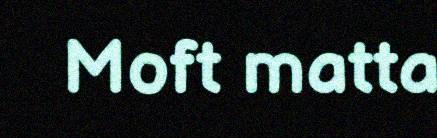
Moft matta